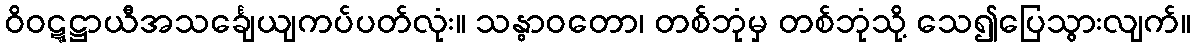
ဝိဝဋ္ဋဋ္ဌာယီအသင်္ချေယျကပ်ပတ်လုံး။ သန္ဓာဝတော၊ တစ်ဘုံမှ တစ်ဘုံသို့ သေ၍ပြေသွားလျက်။